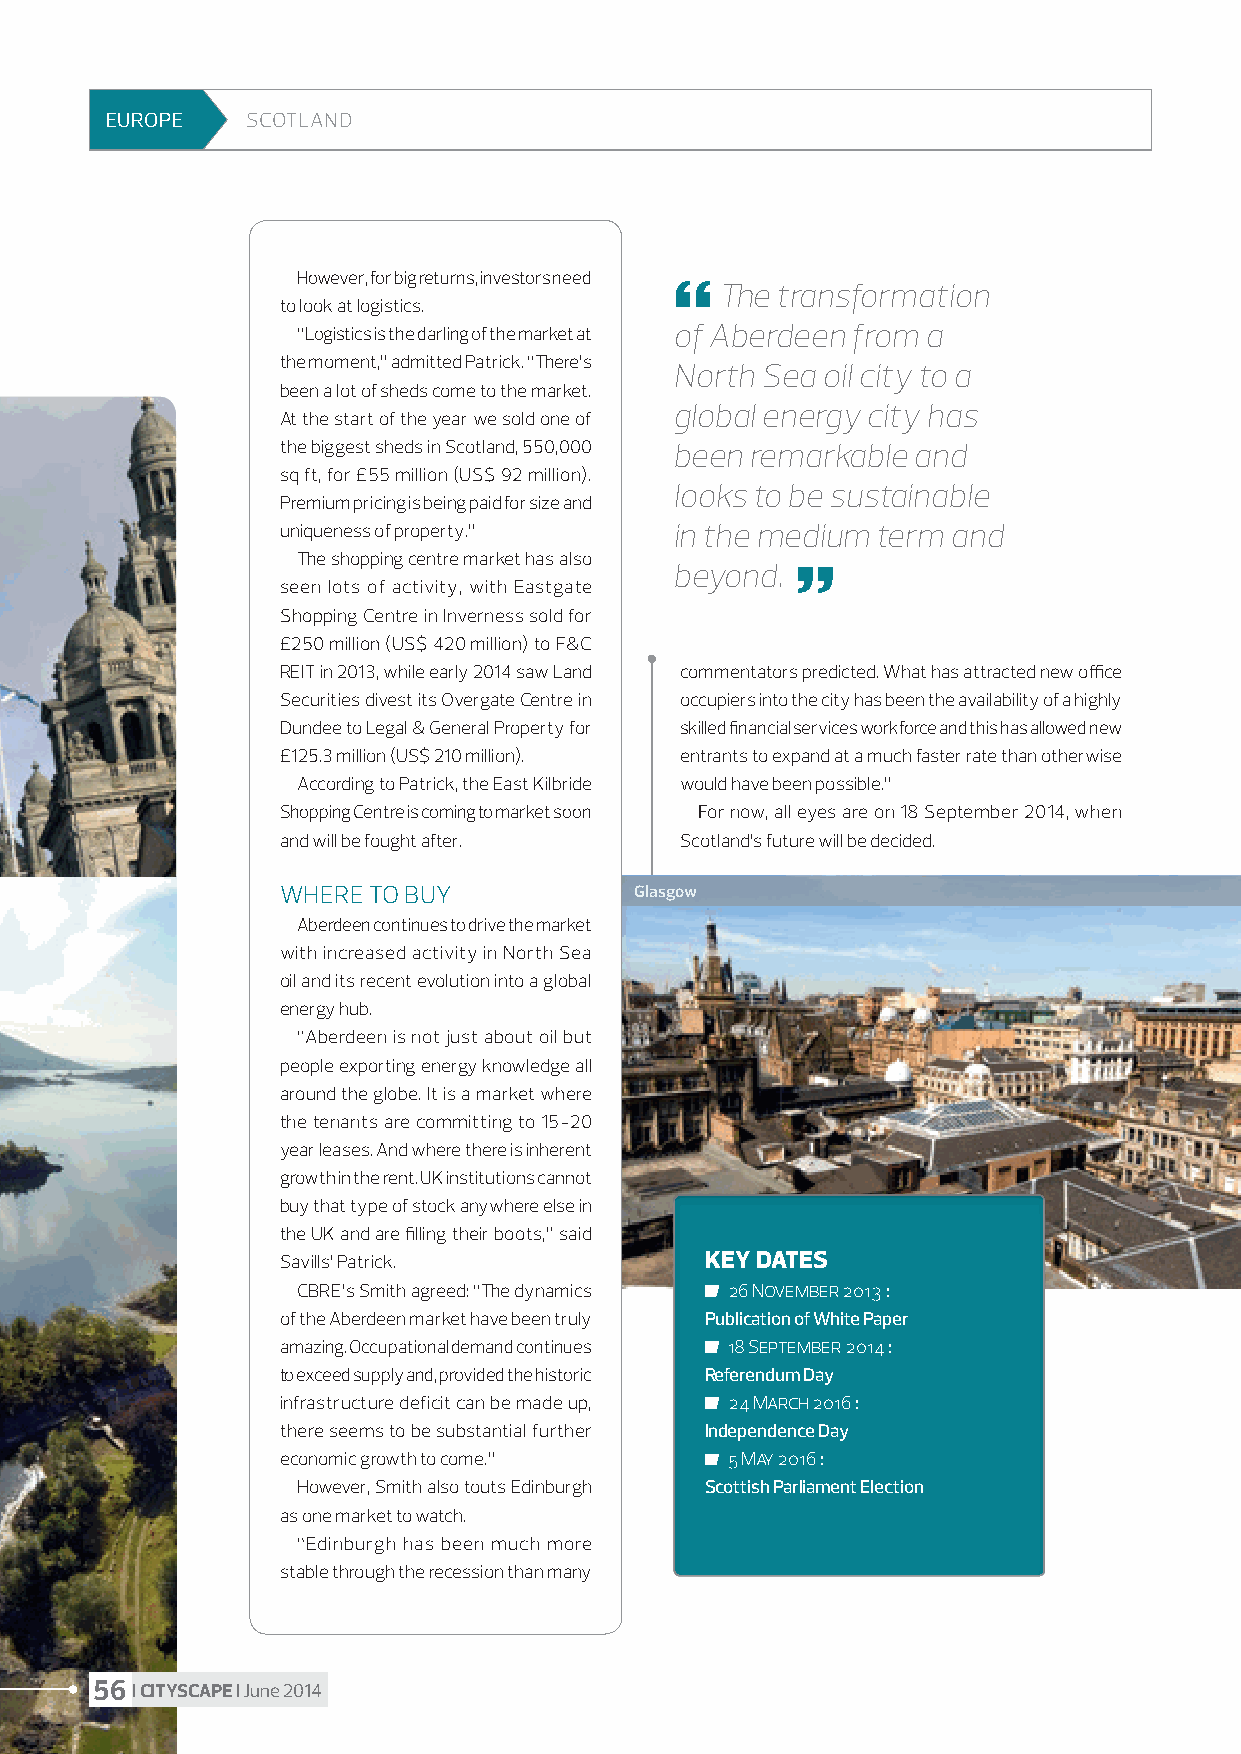
EUROPE   SCOTLAND
 However, for big returns, investors need
   The transformation
 to look at logistics.
 “Logistics is the darling of the market at of Aberdeen from a
 the moment,” admitted Patrick. “There’s
 North Sea oil city to a
 been a lot of sheds come to the market.
 global energy city has
 At the start of the year we sold one of
 the biggest sheds in Scotland, 550,000 been remarkable and
 sq ft, for £55 million (US$ 92 million).
 looks to be sustainable
 Premium pricing is being paid for size and
 uniqueness of property.”  in the medium term and
 The shopping centre market has also
 beyond. 
 seen lots of activity, with Eastgate
 Shopping Centre in Inverness sold for
 £250 million (US$ 420 million) to F&C
 REIT in 2013, while early 2014 saw Land commentators predicted. What has attracted new office
 Securities divest its Overgate Centre in occupiers into the city has been the availability of a highly
 Dundee to Legal & General Property for skilled financial services workforce and this has allowed new
 £125.3 million (US$ 210 million). entrants to expand at a much faster rate than otherwise
 According to Patrick, the East Kilbride would have been possible.”
 Shopping Centre is coming to market soon For now, all eyes are on 18 September 2014, when
 and will be fought after. Scotland’s future will be decided.
 WHERE TO BUY           Glasgow
 Aberdeen continues to drive the market
 with increased activity in North Sea
 oil and its recent evolution into a global
 energy hub.
 “Aberdeen is not just about oil but
 people exporting energy knowledge all
 around the globe. It is a market where
 the tenants are committing to 15-20
 year leases. And where there is inherent
 growth in the rent. UK institutions cannot
 buy that type of stock anywhere else in
 the UK and are filling their boots,” said
 Savills’ Patrick.           KEY DATES
 CBRE’s Smith agreed: “The dynamics 26 November 2013 :
 of the Aberdeen market have been truly Publication of White Paper
 amazing. Occupational demand continues 18 September 2014 :
 to exceed supply and, provided the historic Referendum Day
 infrastructure deficit can be made up, 24 March 2016 :
 there seems to be substantial further Independence Day
 economic growth to come.”    5 May 2016 :
 However, Smith also touts Edinburgh Scottish Parliament Election
 as one market to watch.
 “Edinburgh has been much more
 stable through the recession than many
 56 I CITYSCAPE I June 2014